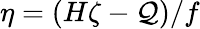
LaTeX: \eta=(H\zeta-\mathcal{Q})/f